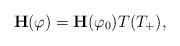
LaTeX: \begin{align*}\mathbf{H}(\varphi)=\mathbf{H}(\varphi_{0})T(T_{+}), \end{align*}